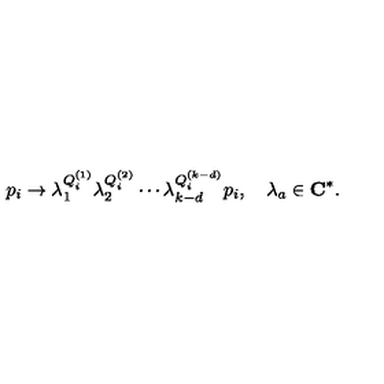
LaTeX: p _ { i } \rightarrow \lambda _ { 1 } ^ { Q _ { i } ^ { ( 1 ) } } \lambda _ { 2 } ^ { Q _ { i } ^ { ( 2 ) } } \cdots \lambda _ { k - d } ^ { Q _ { i } ^ { ( k - d ) } } p _ { i } , \quad \lambda _ { a } \in { \bf C } ^ { * } .